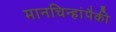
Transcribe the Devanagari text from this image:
मानचिन्हांपैकी